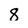
Character: 8